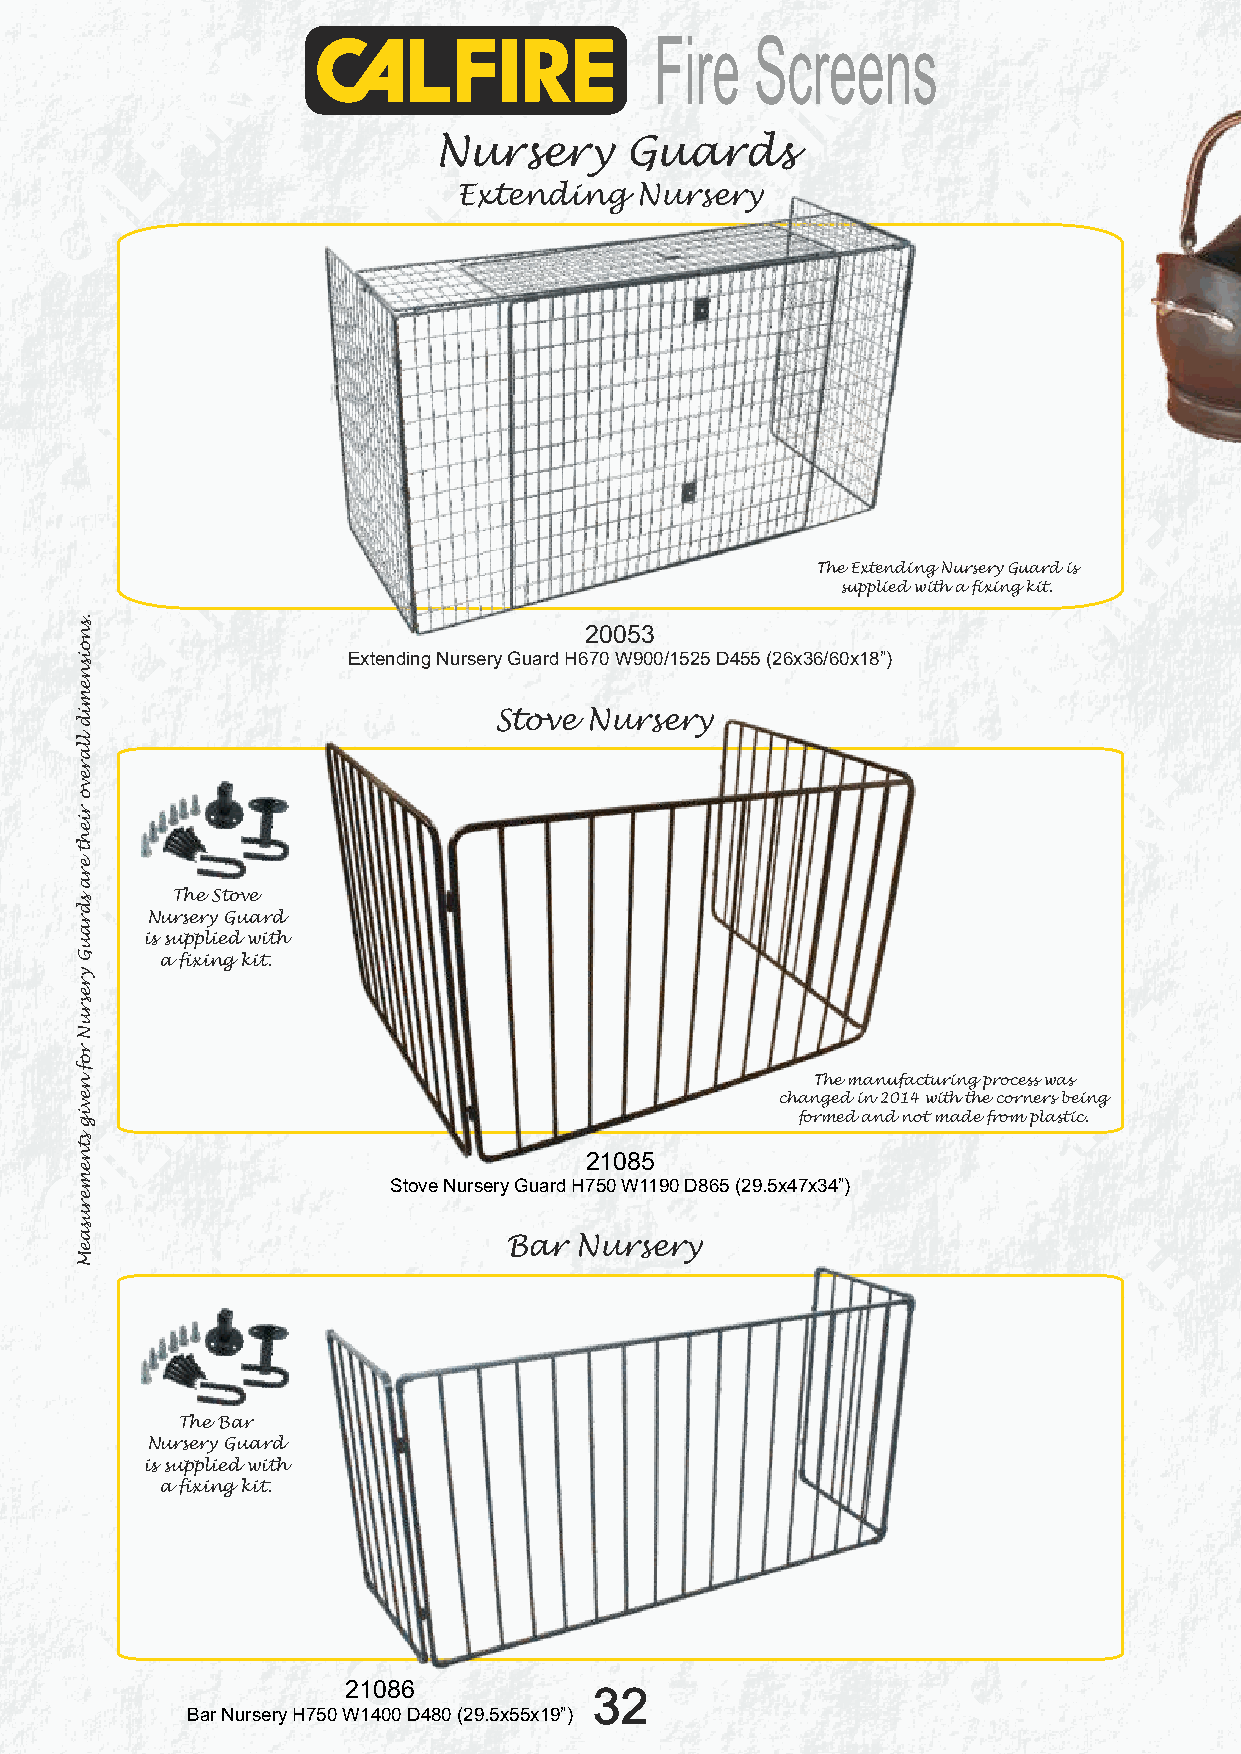
Fire   Screens
 Nursery     Guards
 Extending   Nursery
 The Extending Nursery Guard is
 supplied with a fixing kit.
 20053
 Extending Nursery Guard H670 W900/1525 D455 (26x36/60x18”)
 Stove Nursery
 The Stove
 Nursery Guard
 is supplied with
 a fixing kit.
 The manufacturing process was
 changed in 2014 with the corners being
 formed and not made from plastic.
 21085
 Stove Nursery Guard H750 W1190 D865 (29.5x47x34”)
 Bar  Nursery
 The Bar
 Nursery Guard
 is supplied with
 a fixing kit.
 21086
 32
 Bar Nursery H750 W1400 D480 (29.5x55x19”)
 .snoisnemid
 llarevo
 rieht
 era
 sdrauG
 yresruN
 rof
 nevig
 stnemerusaeM